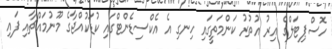
ހޮސްޕިޓަލްގެ އިރު އުތުރު ކަންމަތީގައި ހިނގި އެ އެކްސިޑެންޓްގައި ކުޑަކުއްޖާގެ މޫނުމައްޗާއި ފައި